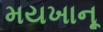
મયખાનૂ